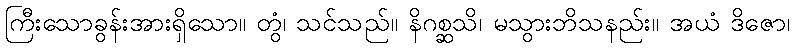
ကြီးသောခွန်းအားရှိသော။ တွံ၊ သင်သည်။ နိဂစ္ဆသိ၊ မသွားဘိသနည်း။ အယံ ဒိဇော၊